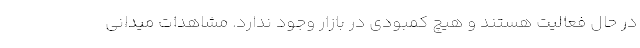
در حال فعالیت هستند و هیچ کمبودی در بازار وجود ندارد. مشاهدات میدانی